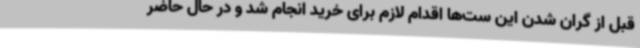
قبل از گران شدن این ست‌ها اقدام لازم برای خرید انجام شد و در حال حاضر